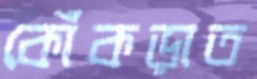
কোঁকড়াত